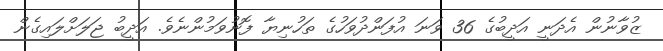
ޒުވާނުން އެދަނީ އަދީބުގެ 36 ވަނަ އުފަންދުވަހުގެ ތަހުނިޔާ ފޮނުވަމުންނެވެ. އަދީބު ޖަލަށްލައިގެން